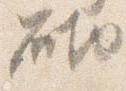
砌